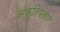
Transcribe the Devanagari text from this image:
संक्रियताएं